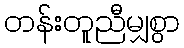
တန်းတူညီမျှစွာ